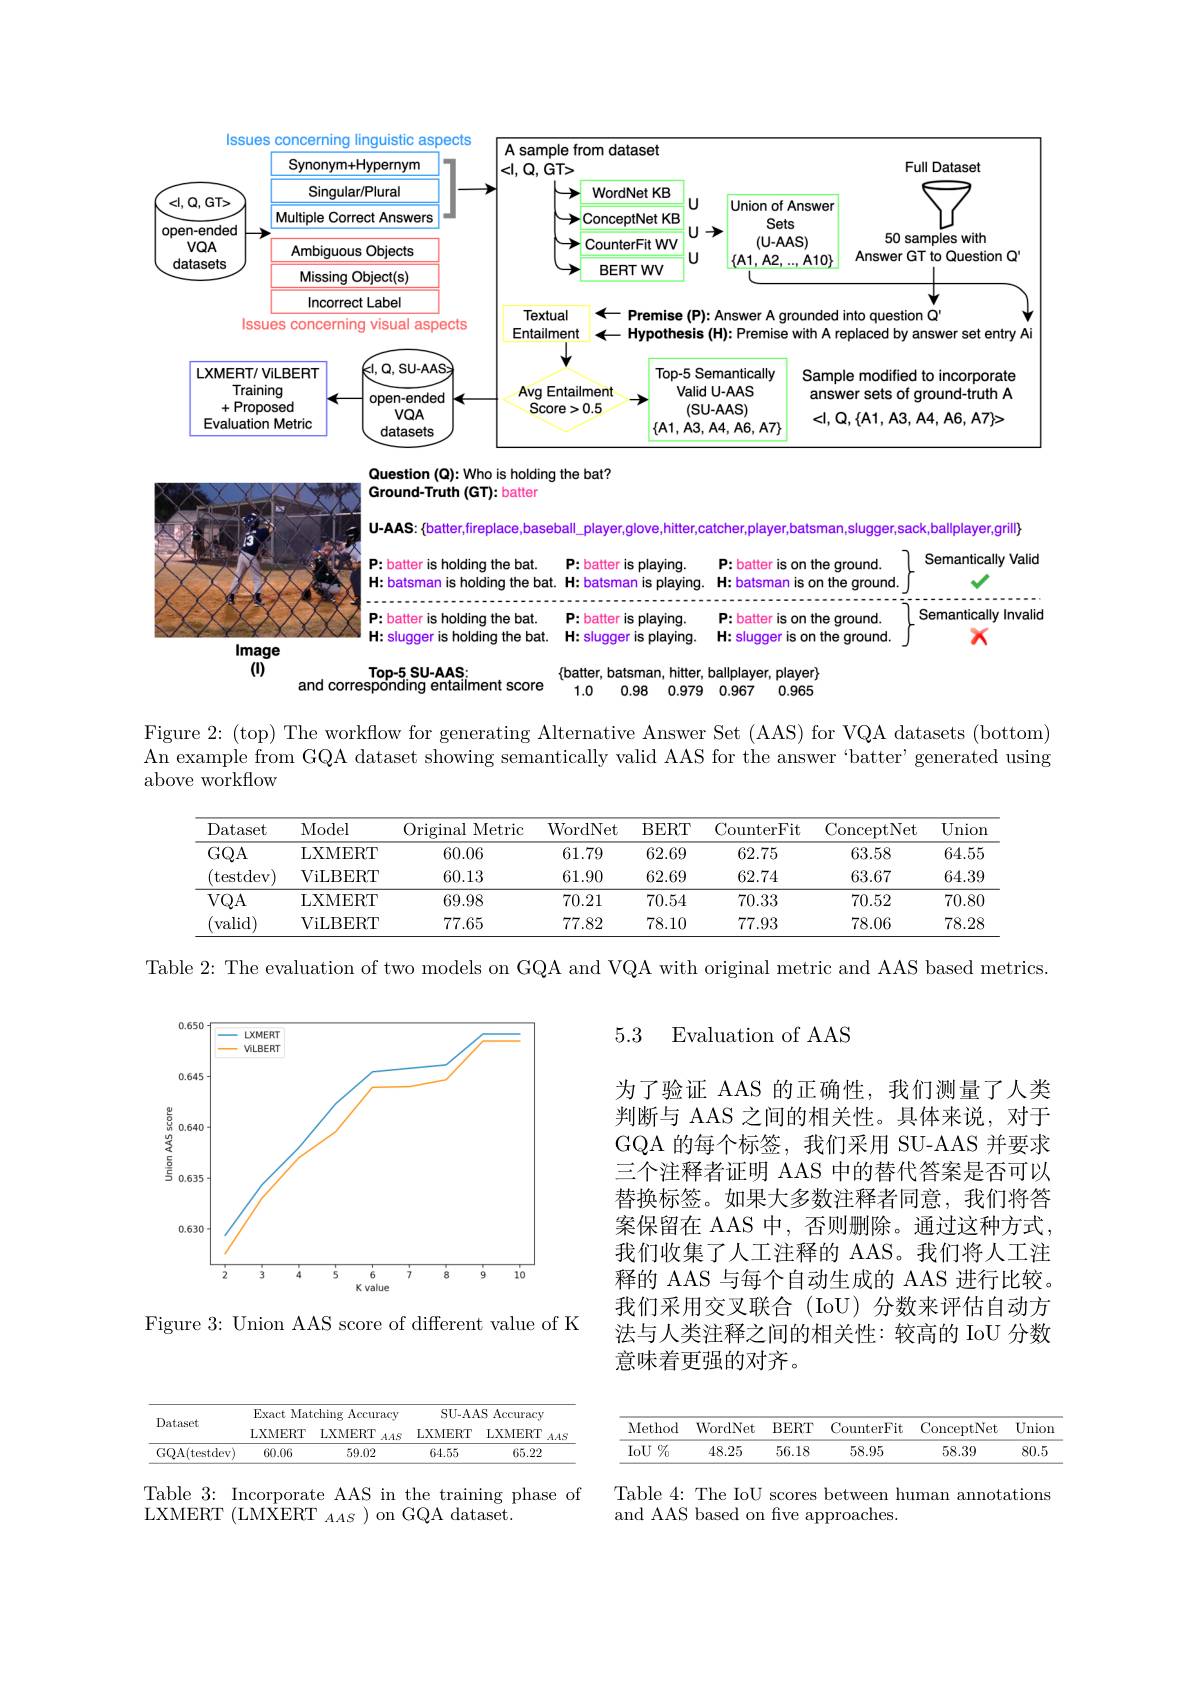
<FigureHere>
Question (Q): Who is holding the bat?

Ground-Truth (GT): batter

U-AAS: {batter,fireplace,baseball\_player,glove,hitter,catcher,player,batsman,slugger,sack,ballplayer,grill)}

Semantically Valid

P: batter is holding the bat.

P:batter is on the ground.

P:batter is playing.

$\mathbf{H:batsman}$

H: batsman is on the ground

holding the bat. H: batsman

v

$:playing$

Semantically Invalid

P: batter is holding the bat. P: batter is playing.

P:batter is on the ground.

H: slugger is holding the bat. H: slugger is playing. H: slugger is on the ground. $\int X$

Image

(1)

$\begin{array}{c}\text{Top-5 SU-AAS}_{i}&\{\text{batter,batsman,hitter,ballplayer,player}\}\\\text{and corresponding entailment score}&1.0&0.98&0.979&0.967&0.965\end{array}$
1.0 0.98 0.979 0.967 0.965

Figure 2{:}(top) The workflow for generating Alternative Answer Set (AAS) for VQA datasets (bottom) An example from GQA dataset showing semantically valid AAS for the answer batter' generated using above workflow

<table>
	<tbody>
		<tr>
			<th>Dataset</th>
			<th>Model</th>
			<th>Original $\textbf{I Metric}$</th>
			<th>WordNet</th>
			<th>BERT</th>
			<th>CounterFit</th>
			<th>ConceptNet</th>
			<th>Unior</th>
		</tr>
		<tr>
			<td rowspan="2">$GQA$ (testdev)</td>
			<td>LXMERT</td>
			<td>60.06</td>
			<td>61.79</td>
			<td>62.69</td>
			<td>62.75</td>
			<td>63.58</td>
			<td>64.55</td>
		</tr>
		<tr>
			<td>ViLBERT</td>
			<td>60.13</td>
			<td>61.90</td>
			<td>62.69</td>
			<td>62.74</td>
			<td>63.67</td>
			<td>64.39</td>
		</tr>
		<tr>
			<td rowspan="2">$VQA$ $^{\prime}$valid)</td>
			<td>LXMERT</td>
			<td>69.98</td>
			<td>70.21</td>
			<td>70.54</td>
			<td>70.33</td>
			<td>70.52</td>
			<td>70.80</td>
		</tr>
		<tr>
			<td>ViLBERT</td>
			<td>77.65</td>
			<td>77.82</td>
			<td>78.10</td>
			<td>77.93</td>
			<td>78.06</td>
			<td>78.28</td>
		</tr>
	</tbody>
</table>

Table 2: The evaluation of two models on GQA and VQA with original metric and AAS based metrics.

5.3

Evaluation of AAS

<FigureHere>

为了验证 AAS 的正确性，我们测量了人类判断与 AAS 之间的相关性。具体来说，对于GQA 的每个标签，我们采用 SU-AAS 并要求三个注释者证明 AAS 中的替代答案是否可以替换标签。如果大多数注释者同意，我们将答案保留在 AAS 中，否则删除。通过这种方式我们收集了人工注释的 AAS。我们将人工注释的 AAS 与每个自动生成的 AAS 进行比较。我们采用交叉联合(IoU)分数来评估自动方法与人类注释之间的相关性：较高的 IoU 分数意味着更强的对齐。

Figure 3: Union AAS score of different value of K

<table>
	<tbody>
		<tr>
			<th rowspan="2">Dataset</th>
			<th colspan="2">Exact Matching Accuracy</th>
			<th colspan="2">SU-AAS Accuracy</th>
		</tr>
		<tr>
			<th>LXMERT</th>
			<th>LXMERT $AAS$</th>
			<th>LXMERT</th>
			<th>LXMERT $AAS$</th>
		</tr>
		<tr>
			<td>GQA( testdev) </td>
			<td>60.06</td>
			<td>59.02</td>
			<td>64.55</td>
			<td>65.22</td>
		</tr>
	</tbody>
</table>

<table>
	<tbody>
		<tr>
			<th>Method</th>
			<th>WordNet</th>
			<th>BERT</th>
			<th>CounterFit</th>
			<th>ConceptNet</th>
			<th>Union</th>
		</tr>
		<tr>
			<td>$IoU\%$</td>
			<td>48.25</td>
			<td>56.18</td>
			<td>58.95</td>
			<td>58.39</td>
			<td>80.5</td>
		</tr>
	</tbody>
</table>

Table 4: The IoU scores between human annotations
and AAS based on five approaches.

Table 3: Incorporate AAS in the training phase of
LXMERT (LMXERT $_AAS$ )on GQA dataset.